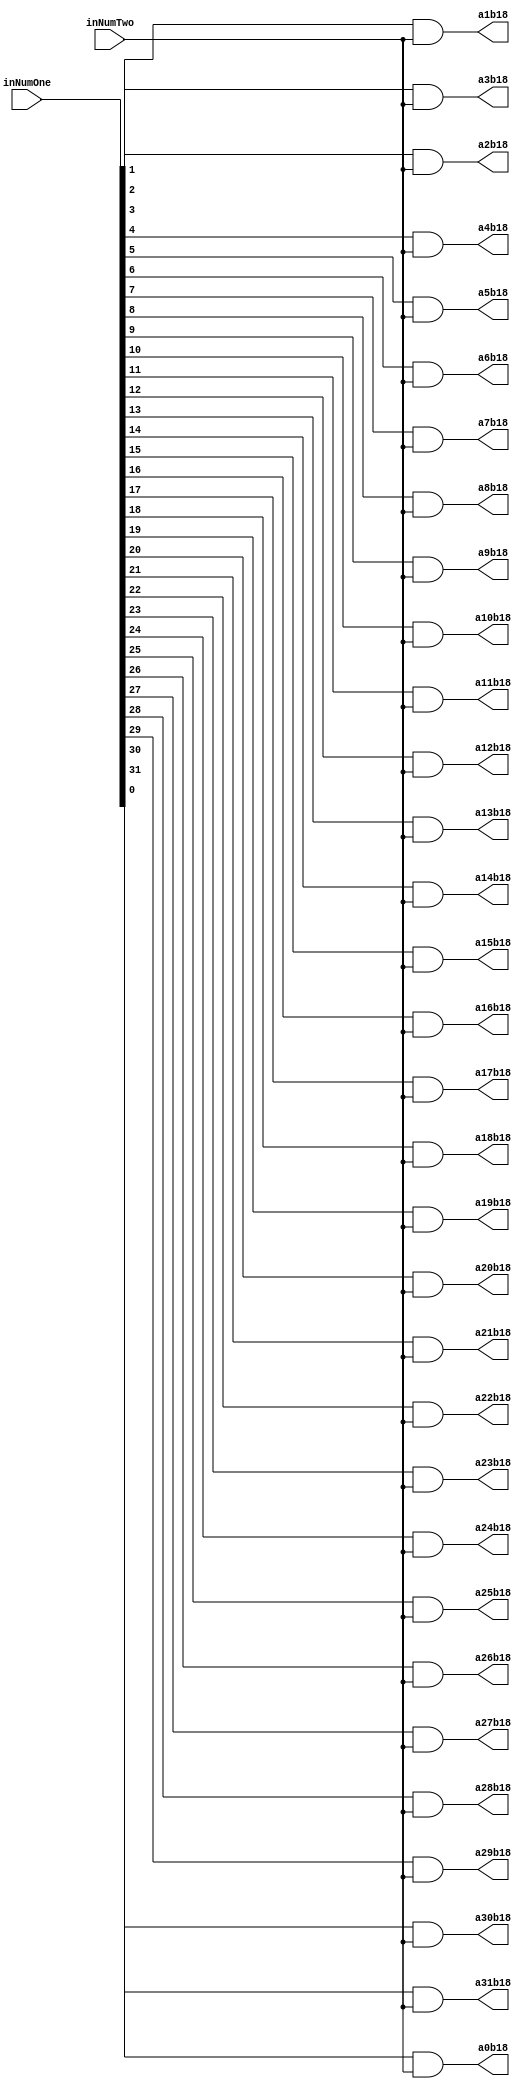
`timescale 1ns / 1ps

module PartialProductRow18(inNumOne,inNumTwo,a0b18,a1b18,a2b18,a3b18,a4b18,a5b18,a6b18,a7b18,a8b18,a9b18,a10b18,a11b18,a12b18,a13b18,a14b18,a15b18,a16b18,a17b18,a18b18,a19b18,a20b18,a21b18,a22b18,a23b18,a24b18,a25b18,a26b18,a27b18,a28b18,a29b18,a30b18,a31b18);
input [31:0] inNumOne;
input inNumTwo;
output reg a0b18,a1b18,a2b18,a3b18,a4b18,a5b18,a6b18,a7b18,a8b18,a9b18,a10b18,a11b18,a12b18,a13b18,a14b18,a15b18,a16b18,a17b18,a18b18,a19b18,a20b18,a21b18,a22b18,a23b18,a24b18,a25b18,a26b18,a27b18,a28b18,a29b18,a30b18,a31b18;

always@(inNumOne,inNumTwo)begin
	a0b18 <= inNumOne[0] & inNumTwo;
	a1b18 <= inNumOne[1] & inNumTwo;
	a2b18 <= inNumOne[2] & inNumTwo;
	a3b18 <= inNumOne[3] & inNumTwo;
	a4b18 <= inNumOne[4] & inNumTwo;
	a5b18 <= inNumOne[5] & inNumTwo;
	a6b18 <= inNumOne[6] & inNumTwo;
	a7b18 <= inNumOne[7] & inNumTwo;
	a8b18 <= inNumOne[8] & inNumTwo;
	a9b18 <= inNumOne[9] & inNumTwo;
	a10b18 <= inNumOne[10] & inNumTwo;
	a11b18 <= inNumOne[11] & inNumTwo;
	a12b18 <= inNumOne[12] & inNumTwo;
	a13b18 <= inNumOne[13] & inNumTwo;
	a14b18 <= inNumOne[14] & inNumTwo;
	a15b18 <= inNumOne[15] & inNumTwo;
	a16b18 <= inNumOne[16] & inNumTwo;
	a17b18 <= inNumOne[17] & inNumTwo;
	a18b18 <= inNumOne[18] & inNumTwo;
	a19b18 <= inNumOne[19] & inNumTwo;
	a20b18 <= inNumOne[20] & inNumTwo;
	a21b18 <= inNumOne[21] & inNumTwo;
	a22b18 <= inNumOne[22] & inNumTwo;
	a23b18 <= inNumOne[23] & inNumTwo;
	a24b18 <= inNumOne[24] & inNumTwo;
	a25b18 <= inNumOne[25] & inNumTwo;
	a26b18 <= inNumOne[26] & inNumTwo;
	a27b18 <= inNumOne[27] & inNumTwo;
	a28b18 <= inNumOne[28] & inNumTwo;
	a29b18 <= inNumOne[29] & inNumTwo;
	a30b18 <= inNumOne[30] & inNumTwo;
	a31b18 <= inNumOne[31] & inNumTwo;
end

endmodule